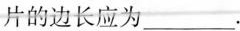
片的边长应为___.